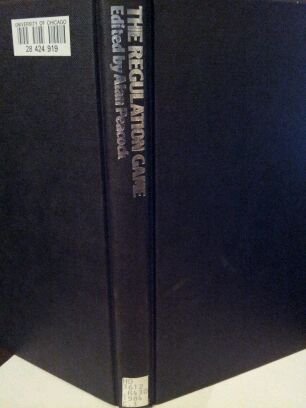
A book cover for The Regulation Game: How British and West German Companies Bargain With Government; Alan Peacock; Law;